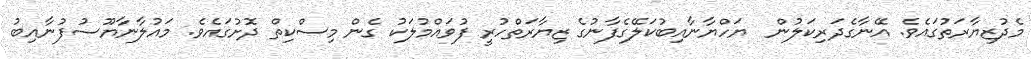
މެދުޒިޔާރަތުގައެވެ. އޭނާގެދަރިކަލުން  ޔަހްޔާނާއިބުކަލޭގެފާނުގެ ޒިޔާރަތްހުރީ ފުވައްމުލަކު ގެން މިސްކިތް ދޮށުގައެވެ. މައުލާނާާޔޫސުފުނާއިބު